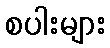
စပါးများ